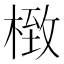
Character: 㮹